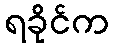
ရခိုင်က